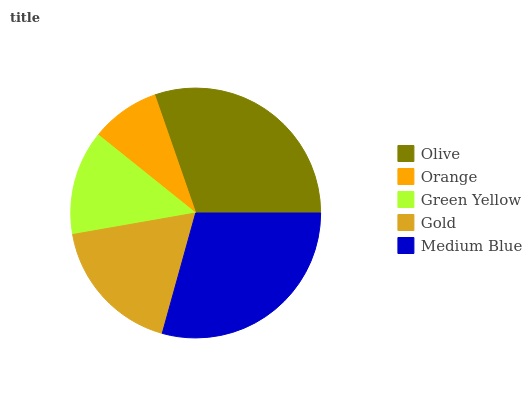
| Olive | Orange | Green Yellow | Gold | Medium Blue |
 | --- | --- | --- | --- | --- |
 | 30.3% | 8.93% | 13.5% | 18% | 29.3% |